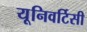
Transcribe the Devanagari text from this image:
यूनिवर्टिसी